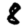
Digit: 8